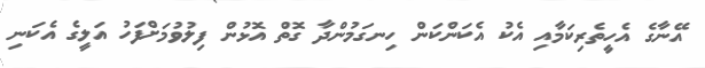
އޭނާގެ އެހީތެރިކަމާއި އެކު އެކަންކަން ހިނގަމުންދާ ގޮތް އޮޅުން ފިލުވުމަށްފަހު އަލީގެ އެކަނި